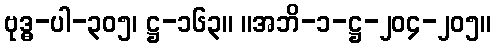
ဗုဒ္ဓ-ပါ-၃၀၅၊ ဋ္ဌ-၁၆၃။ ။အဘိ-၁-ဋ္ဌ-၂၀၄-၂၀၅။